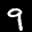
Label: 9